Lunatic asylums in Bengal annual reports 1912-1924 - 1912-1924
Year: 1912
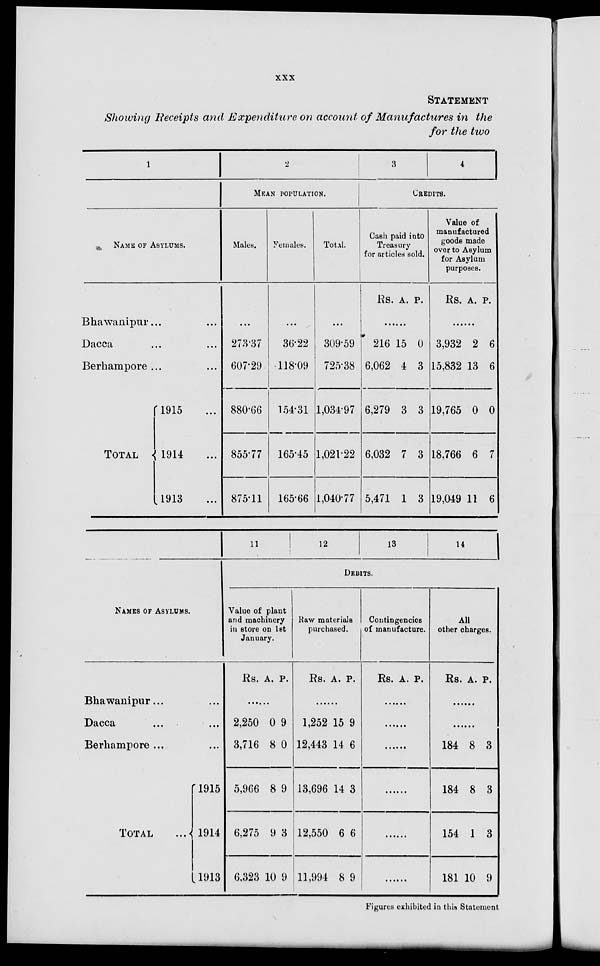
xxx
STATEMENT
Showing Receipts and Expenditure on account of Manufactures in the
for the two
1
NAME OF ASYLUMS.
Bhawanipur ...
Dacca
...
...
Berhampore ...
TOTAL
1915 ...
1914 ...
1913 ...
2
MEAN POPULATION.
Males.
...
273.37
607.29
880.66
855.77
875.11
Females.
...
36.22
118.09
154.31
165.45
165.66
Total.
...
309.59
725.38
1,034.97
1,021.22
1,040.77
3
4
CREDITS.
Cash paid into
Treasury
for articled sold.
Rs. A. P.
......
216
6,062
6,279
6,032
5,471
15
4
3
7
1
0
3
3
3
3
Value of
manufactured
goods made
over to Asylum
for Asylum
purposes.
Rs. A. P.
3,932
15,832
19,765
18,766
19,049
2
13
0
6
11
6
6
0
7
6
NAMES OF ASYLUMS.
Bhawanipur ...
Dacca ...
Berhampore ...
TOTAL
...
1915
1914
1913
11
12
13
14
DEBITS.
Value of plant
and machinery
in store on 1st
January.
Rs. A.
P.
......
2,250
3,716
5,966
6,275
6,323
0
8
8
9
10
9
0
9
3
9
Raw materials
purchased.
Rs. A.
P.
......
1,252
12,443
13,696
12,550
11,994
15
14
14
6
8
9
6
3
6
9
Contingencies
of manufacture.
Rs. A. P.
......
......
......
......
......
......
All
other charges.
Rs. A. P.
......
......
184
184
154
181
8
8
1
10
3
3
3
9
Figures exhibited in this Statement